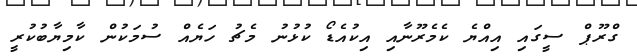
ގްރޫޕް ސީގައި އިއްޔެ ކެމެރޫނާއި އިކުއެޑޯ ކުޅުނު މެޗު ހަޔެއް ސުމަކުން ކާމިޔާބުކުރީ